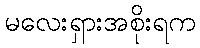
မလေးရှားအစိုးရက